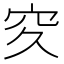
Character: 𥤯